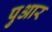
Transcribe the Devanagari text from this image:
पुआर